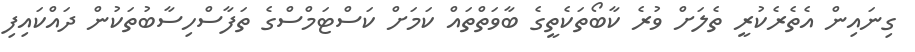
ގިނައިން އެތެރެކުރީ ތެލަށް ވުރެ ކާބޯތަކެތީގެ ބާވަތްތައް ކަމަށް ކަސްޓަމްސްގެ ތަފާސްހިސާބުތަކުން ދައްކައިފި